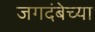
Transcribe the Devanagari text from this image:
जगदंबेच्या